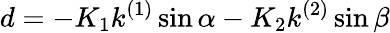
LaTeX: d=-K_{1}k^{(1)}\sin\alpha-K_{2}k^{(2)}\sin\beta